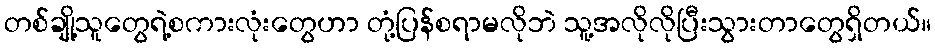
တစ်ချို့သူတွေရဲ့စကားလုံးတွေဟာ တုံ့ပြန်စရာမလိုဘဲ သူ့အလိုလိုပြီးသွားတာတွေရှိတယ်။